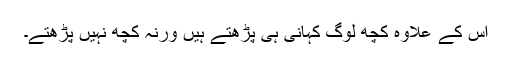
اس کے علاوہ کچھ لوگ کہانی ہی پڑھتے ہیں ورنہ کچھ نہیں پڑھتے۔